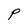
Character: P